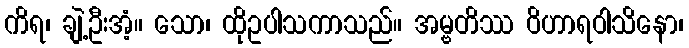
ကိရ၊ ချဲ့ဦးအံ့။ သော၊ ထိုဥပါသကာသည်။ အမ္ဗတိဿ ဝိဟာရဝါသိနော၊